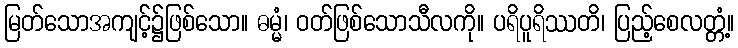
မြတ်သောအကျင့်၌ဖြစ်သော။ ဓမ္မံ၊ ဝတ်ဖြစ်သောသီလကို။ ပရိပူရိဿတိ၊ ပြည့်စေလတ္တံ့။